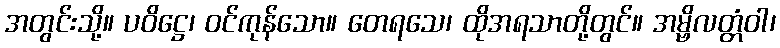
အတွင်းသို့။ ပဝိဋ္ဌေ၊ ဝင်ကုန်သော။ တေရသေ၊ ထိုအရသာတို့တွင်။ အမ္ဗိလတ္တံဝါ၊